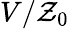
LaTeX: V/\mathcal{Z}_{0}